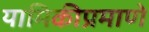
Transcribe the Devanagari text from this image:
यामिकीप्रमाणे